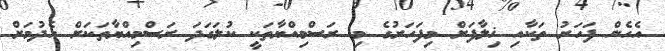
އެހެން ފަހަރު ތަކާއި ޚިލާފަށް މިފަހަރުގެ މި ރަސްމިއްޔާތަކީ ކުލަގަދަ ރަސްމިއްޔާތަކަށް ހެދުމަށް